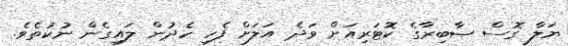
ޔަލާ ގޮސް ޞާބިރާގެ ކޮޓަރިއަށް ވަދެ އަލަށް ފެހި ހެދުން ލައިގެން ނުކުތެވެ.